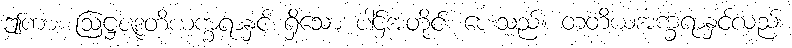
ဤကား ဩဋ္ဌဇဒုတိယက္ခရာနှင့် ရှိသော ပါဌ်အတိုင်း ပေးသည်။ တတိယအက္ခရာနှင့်လည်း